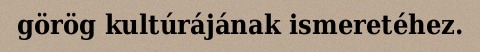
görög kultúrájának ismeretéhez.